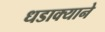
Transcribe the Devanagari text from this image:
धडाक्याने